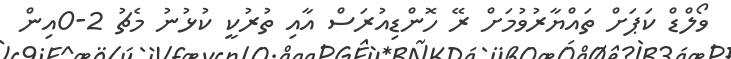
ވޯލްޑް ކަޕަށް ތައްޔާރުވުމަށް ރޭ ހޮންޑިއުރަސް އާއި ތުރުކީ ކުޅުނު މެޗު 2-0އިން